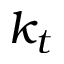
k _ { t }